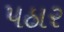
પઠાર